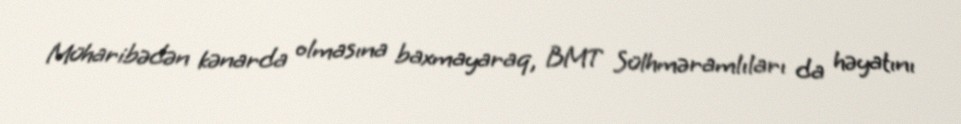
Müharibədən kənarda olmasına baxmayaraq, BMT Sülhməramlıları da həyatını